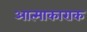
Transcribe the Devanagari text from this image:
आत्माकाराक